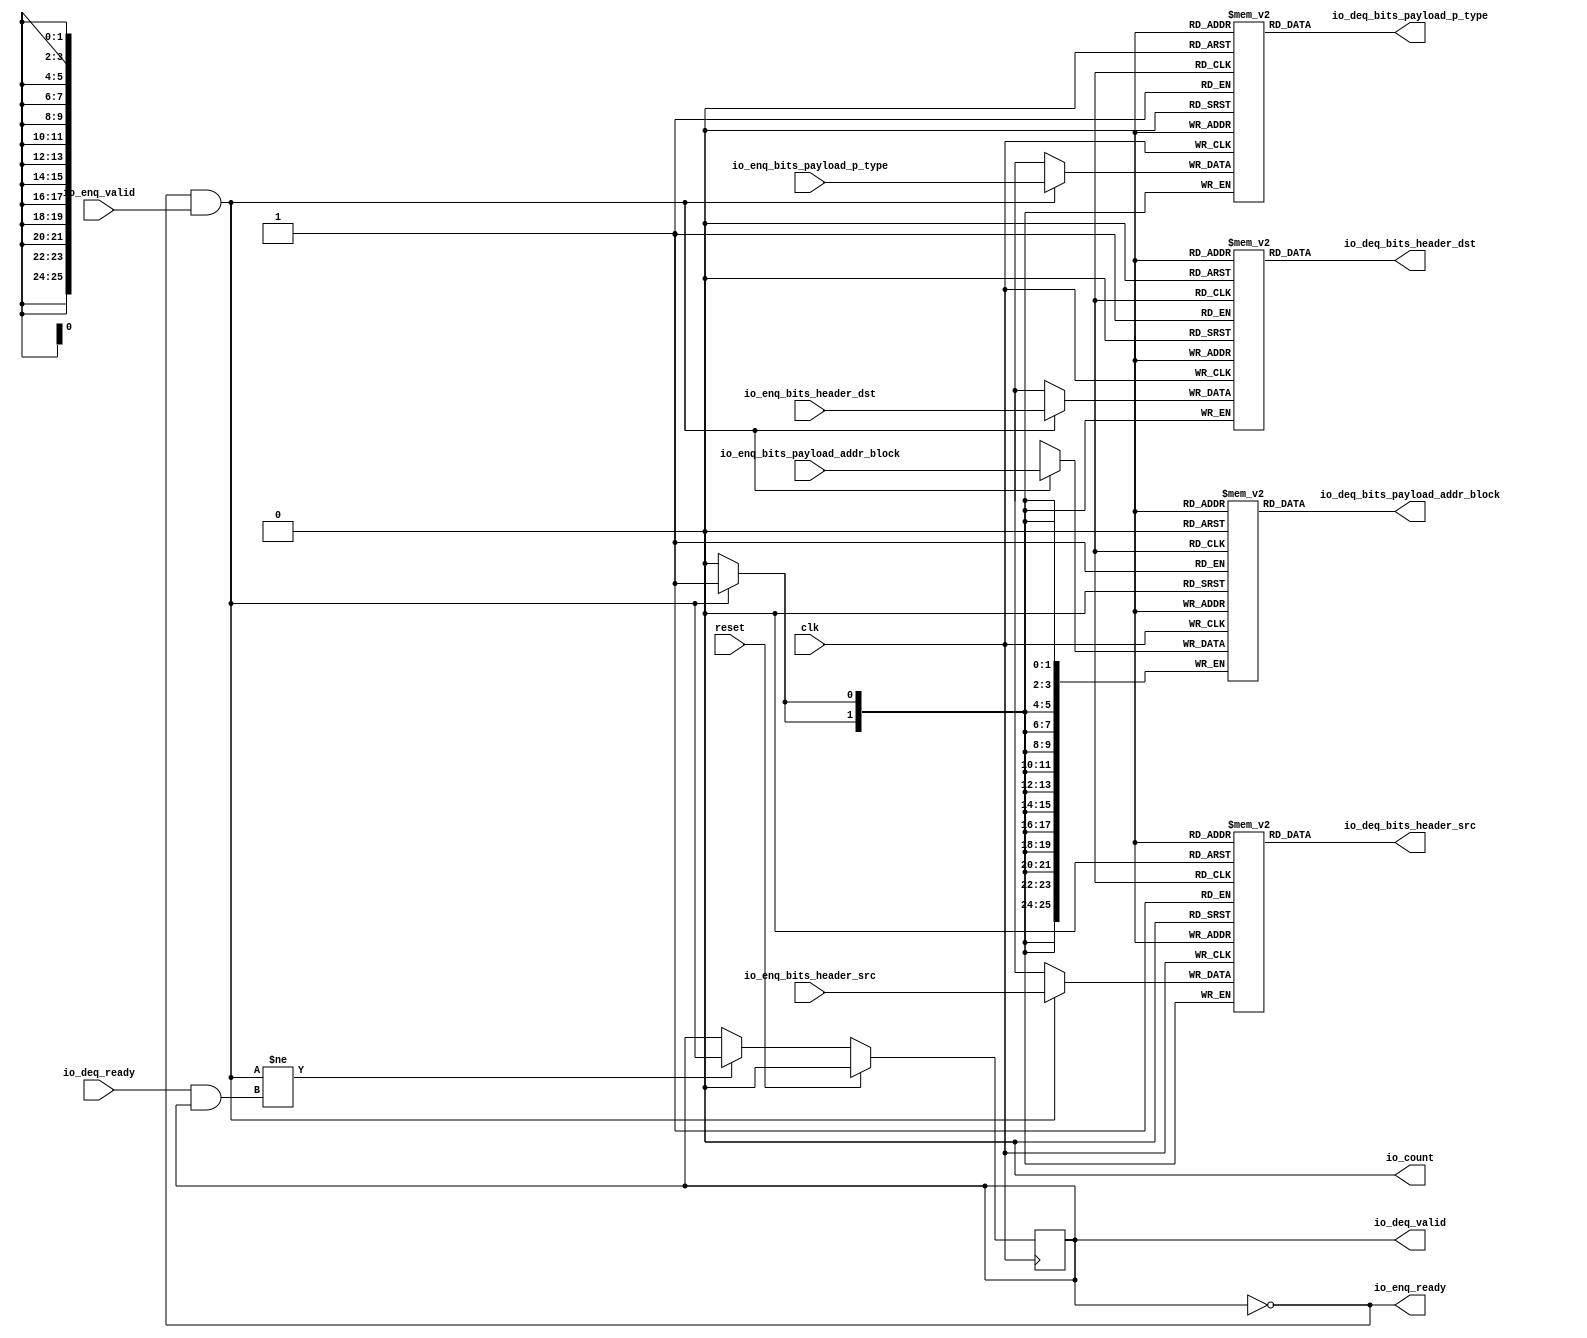
module Queue_1(
  input   clk,
  input   reset,
  output  io_enq_ready,
  input   io_enq_valid,
  input  [1:0] io_enq_bits_header_src,
  input  [1:0] io_enq_bits_header_dst,
  input  [25:0] io_enq_bits_payload_addr_block,
  input  [1:0] io_enq_bits_payload_p_type,
  input   io_deq_ready,
  output  io_deq_valid,
  output [1:0] io_deq_bits_header_src,
  output [1:0] io_deq_bits_header_dst,
  output [25:0] io_deq_bits_payload_addr_block,
  output [1:0] io_deq_bits_payload_p_type,
  output  io_count
);
  reg [1:0] ram_header_src [0:0];
  reg [31:0] GEN_0;
  wire [1:0] ram_header_src_T_1094_data;
  wire  ram_header_src_T_1094_addr;
  wire  ram_header_src_T_1094_en;
  wire [1:0] ram_header_src_T_980_data;
  wire  ram_header_src_T_980_addr;
  wire  ram_header_src_T_980_mask;
  wire  ram_header_src_T_980_en;
  reg [1:0] ram_header_dst [0:0];
  reg [31:0] GEN_1;
  wire [1:0] ram_header_dst_T_1094_data;
  wire  ram_header_dst_T_1094_addr;
  wire  ram_header_dst_T_1094_en;
  wire [1:0] ram_header_dst_T_980_data;
  wire  ram_header_dst_T_980_addr;
  wire  ram_header_dst_T_980_mask;
  wire  ram_header_dst_T_980_en;
  reg [25:0] ram_payload_addr_block [0:0];
  reg [31:0] GEN_2;
  wire [25:0] ram_payload_addr_block_T_1094_data;
  wire  ram_payload_addr_block_T_1094_addr;
  wire  ram_payload_addr_block_T_1094_en;
  wire [25:0] ram_payload_addr_block_T_980_data;
  wire  ram_payload_addr_block_T_980_addr;
  wire  ram_payload_addr_block_T_980_mask;
  wire  ram_payload_addr_block_T_980_en;
  reg [1:0] ram_payload_p_type [0:0];
  reg [31:0] GEN_3;
  wire [1:0] ram_payload_p_type_T_1094_data;
  wire  ram_payload_p_type_T_1094_addr;
  wire  ram_payload_p_type_T_1094_en;
  wire [1:0] ram_payload_p_type_T_980_data;
  wire  ram_payload_p_type_T_980_addr;
  wire  ram_payload_p_type_T_980_mask;
  wire  ram_payload_p_type_T_980_en;
  reg  maybe_full;
  reg [31:0] GEN_4;
  wire  T_977;
  wire  T_978;
  wire  do_enq;
  wire  T_979;
  wire  do_deq;
  wire  T_1089;
  wire  GEN_11;
  wire  T_1091;
  wire [1:0] T_1201;
  wire  ptr_diff;
  wire [1:0] T_1203;
  assign io_enq_ready = T_977;
  assign io_deq_valid = T_1091;
  assign io_deq_bits_header_src = ram_header_src_T_1094_data;
  assign io_deq_bits_header_dst = ram_header_dst_T_1094_data;
  assign io_deq_bits_payload_addr_block = ram_payload_addr_block_T_1094_data;
  assign io_deq_bits_payload_p_type = ram_payload_p_type_T_1094_data;
  assign io_count = T_1203[0];
  assign ram_header_src_T_1094_addr = 1'h0;
  assign ram_header_src_T_1094_en = 1'h1;
  assign ram_header_src_T_1094_data = ram_header_src[ram_header_src_T_1094_addr];
  assign ram_header_src_T_980_data = io_enq_bits_header_src;
  assign ram_header_src_T_980_addr = 1'h0;
  assign ram_header_src_T_980_mask = do_enq;
  assign ram_header_src_T_980_en = do_enq;
  assign ram_header_dst_T_1094_addr = 1'h0;
  assign ram_header_dst_T_1094_en = 1'h1;
  assign ram_header_dst_T_1094_data = ram_header_dst[ram_header_dst_T_1094_addr];
  assign ram_header_dst_T_980_data = io_enq_bits_header_dst;
  assign ram_header_dst_T_980_addr = 1'h0;
  assign ram_header_dst_T_980_mask = do_enq;
  assign ram_header_dst_T_980_en = do_enq;
  assign ram_payload_addr_block_T_1094_addr = 1'h0;
  assign ram_payload_addr_block_T_1094_en = 1'h1;
  assign ram_payload_addr_block_T_1094_data = ram_payload_addr_block[ram_payload_addr_block_T_1094_addr];
  assign ram_payload_addr_block_T_980_data = io_enq_bits_payload_addr_block;
  assign ram_payload_addr_block_T_980_addr = 1'h0;
  assign ram_payload_addr_block_T_980_mask = do_enq;
  assign ram_payload_addr_block_T_980_en = do_enq;
  assign ram_payload_p_type_T_1094_addr = 1'h0;
  assign ram_payload_p_type_T_1094_en = 1'h1;
  assign ram_payload_p_type_T_1094_data = ram_payload_p_type[ram_payload_p_type_T_1094_addr];
  assign ram_payload_p_type_T_980_data = io_enq_bits_payload_p_type;
  assign ram_payload_p_type_T_980_addr = 1'h0;
  assign ram_payload_p_type_T_980_mask = do_enq;
  assign ram_payload_p_type_T_980_en = do_enq;
  assign T_977 = maybe_full == 1'h0;
  assign T_978 = io_enq_ready & io_enq_valid;
  assign do_enq = T_978;
  assign T_979 = io_deq_ready & io_deq_valid;
  assign do_deq = T_979;
  assign T_1089 = do_enq != do_deq;
  assign GEN_11 = T_1089 ? do_enq : maybe_full;
  assign T_1091 = T_977 == 1'h0;
  assign T_1201 = 1'h0 - 1'h0;
  assign ptr_diff = T_1201[0:0];
  assign T_1203 = {maybe_full,ptr_diff};
`ifdef RANDOMIZE
  integer initvar;
  initial begin
    `ifndef verilator
      #0.002;
    `endif
  GEN_0 = {1{$random}};
  `ifdef RANDOMIZE
  for (initvar = 0; initvar < 1; initvar = initvar+1)
    ram_header_src[initvar] = GEN_0[1:0];
  `endif
  GEN_1 = {1{$random}};
  `ifdef RANDOMIZE
  for (initvar = 0; initvar < 1; initvar = initvar+1)
    ram_header_dst[initvar] = GEN_1[1:0];
  `endif
  GEN_2 = {1{$random}};
  `ifdef RANDOMIZE
  for (initvar = 0; initvar < 1; initvar = initvar+1)
    ram_payload_addr_block[initvar] = GEN_2[25:0];
  `endif
  GEN_3 = {1{$random}};
  `ifdef RANDOMIZE
  for (initvar = 0; initvar < 1; initvar = initvar+1)
    ram_payload_p_type[initvar] = GEN_3[1:0];
  `endif
  `ifdef RANDOMIZE
  GEN_4 = {1{$random}};
  maybe_full = GEN_4[0:0];
  `endif
  end
`endif
  always @(posedge clk) begin
    if(ram_header_src_T_980_en & ram_header_src_T_980_mask) begin
      ram_header_src[ram_header_src_T_980_addr] <= ram_header_src_T_980_data;
    end
    if(ram_header_dst_T_980_en & ram_header_dst_T_980_mask) begin
      ram_header_dst[ram_header_dst_T_980_addr] <= ram_header_dst_T_980_data;
    end
    if(ram_payload_addr_block_T_980_en & ram_payload_addr_block_T_980_mask) begin
      ram_payload_addr_block[ram_payload_addr_block_T_980_addr] <= ram_payload_addr_block_T_980_data;
    end
    if(ram_payload_p_type_T_980_en & ram_payload_p_type_T_980_mask) begin
      ram_payload_p_type[ram_payload_p_type_T_980_addr] <= ram_payload_p_type_T_980_data;
    end
    if(reset) begin
      maybe_full <= 1'h0;
    end else begin
      if(T_1089) begin
        maybe_full <= do_enq;
      end
    end
  end
endmodule